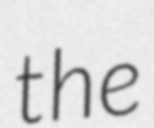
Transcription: the